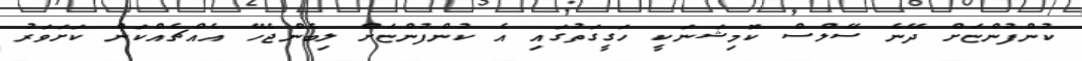
ކުންފުންޏަށް ދޭނެ ސޭލްސް ކޮމިޝަނަކީ ހަގީގަތުގައި އެ ކުންފުންޏަށް ލިބެންޖެހޭ އެއްޗެއްކަން ކަށަވަރު